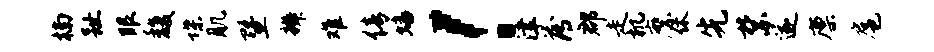
楠趾眼馥堞肌暨辨难倩蟠！津薄郡走机縻休先禁遂廪扈